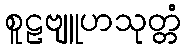
စူဠဗျူဟသုတ္တံ